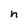
Character: n